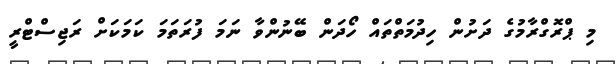
މި ޕްރޮގްރާމުގެ ދަށުން ހިދުމަތްތައް ހޯދަން ބޭނުންވާ ނަމަ ފުރަތަމަ ކަމަކަށް ރަޖިސްޓްރީ